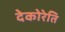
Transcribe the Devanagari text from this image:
देकोरेति